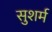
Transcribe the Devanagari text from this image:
सुशर्म